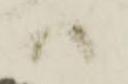
ハ